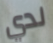
لدي